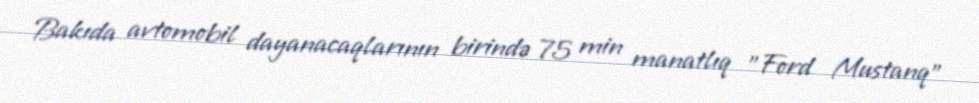
Bakıda avtomobil dayanacaqlarının birində 75 min manatlıq "Ford Mustanq"